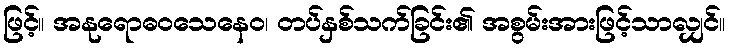
ဖြင့်။ အနုရောဓဝသေနေဝ၊ တပ်နှစ်သက်ခြင်း၏ အစွမ်းအားဖြင့်သာလျှင်။